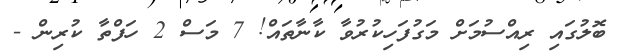
ބޮލުގައި ރިއްސުމަށް މަގުފަހިކުރުވާ ކާނާތައް! 7 މަސް 2 ހަފްތާ ކުރިން -